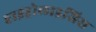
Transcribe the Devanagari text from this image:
हाइड्रोलाइसिस